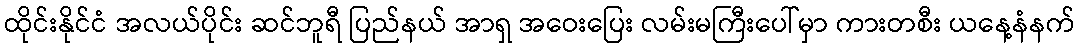
ထိုင်းနိုင်ငံ အလယ်ပိုင်း ဆင်ဘူရီ ပြည်နယ် အာရှ အဝေးပြေး လမ်းမကြီးပေါ်မှာ ကားတစီး ယနေ့နံနက်